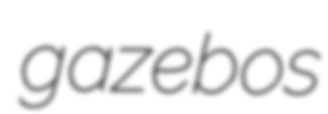
gazebos